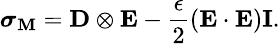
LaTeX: \small\boldsymbol{\sigma}_{\mathbf{M}}=\textbf{{D}}\otimes\textbf{{E}}-\frac{{\epsilon}}{{2}}(\textbf{{E}}\cdot\textbf{{E}})\textbf{{I}}.